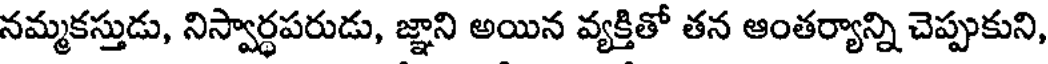
నమ్మకస్తుడు, నిస్వార్ధపరుడు, జ్ఞాని అయిన వ్యక్తితో తన ఆంతర్యాన్ని చెప్పుకుని,